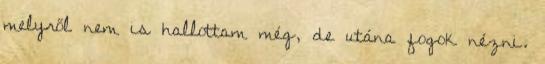
melyről nem is hallottam még, de utána fogok nézni.